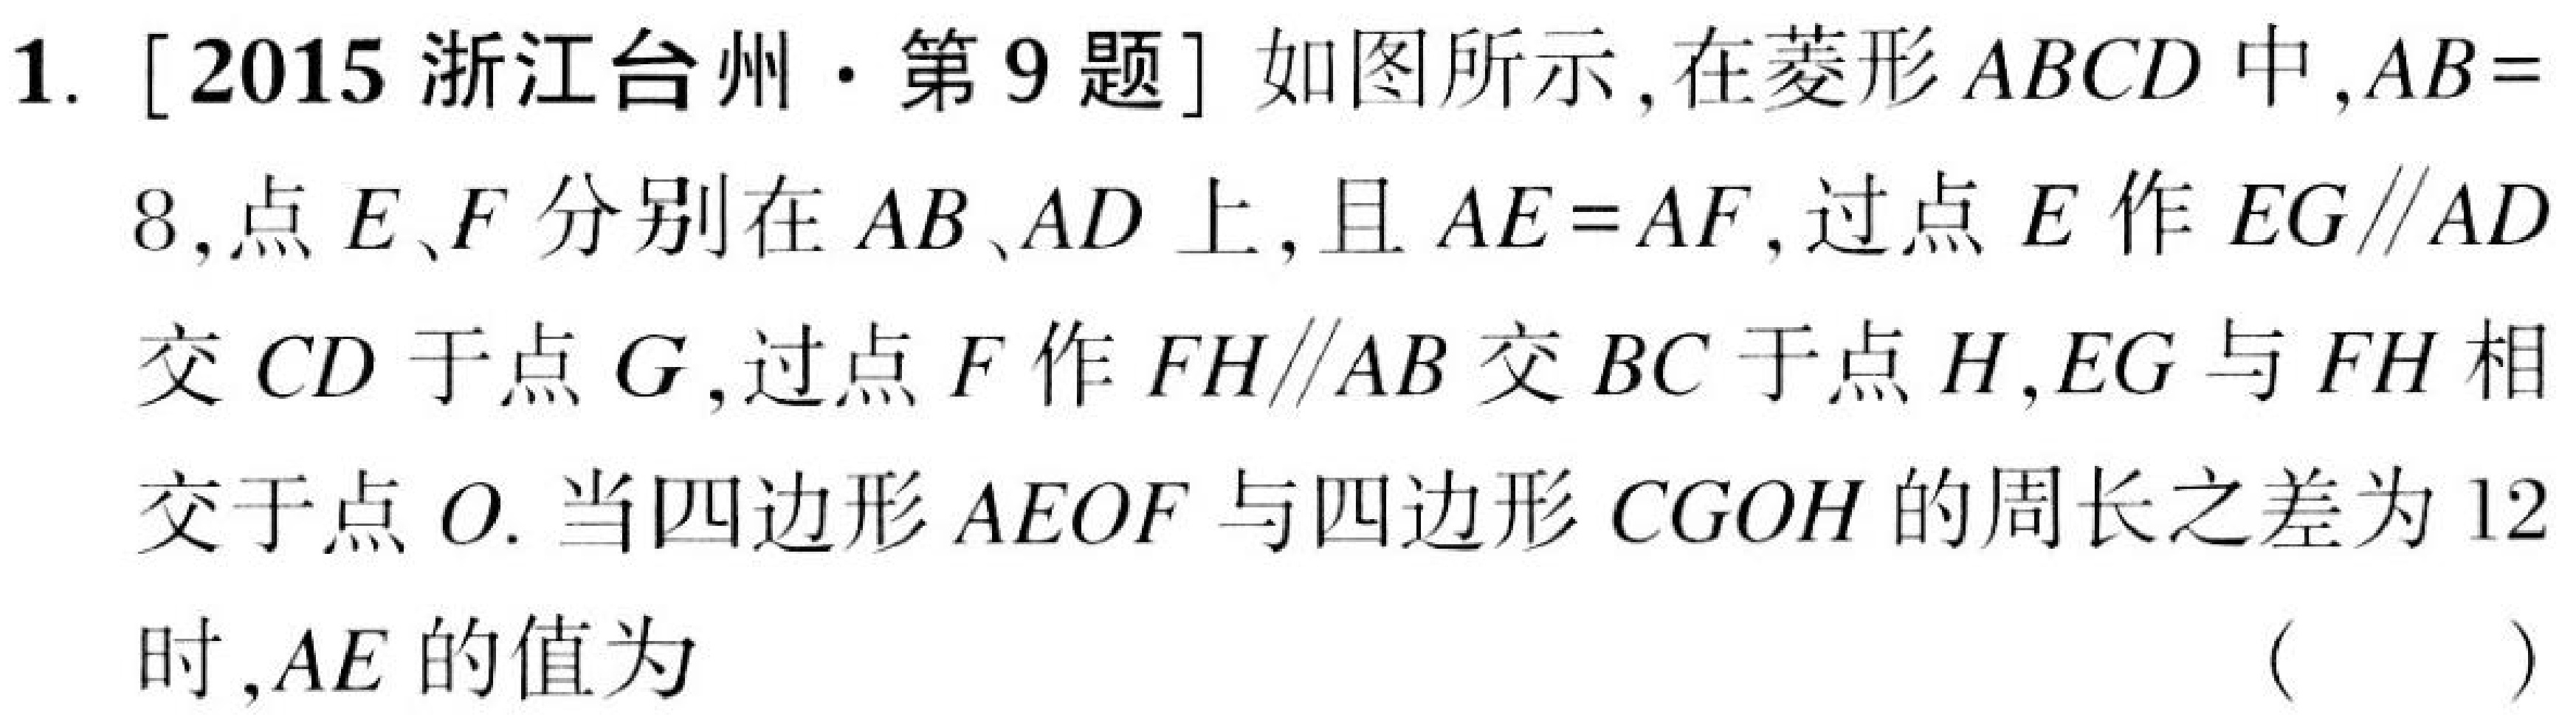
1. [2015 浙江台州·第 9 题] 如图所示，在菱形 \(ABCD\) 中，\(AB =
8\)，点 \(E、F\) 分别在 \(AB、AD\) 上，且 \(AE = AF\)，过点 \(E\) 作 \(EG\parallel AD\)
交 \(CD\) 于点 \(G\)，过点 \(F\) 作 \(FH\parallel AB\) 交 \(BC\) 于点 \(H\)，\(EG\) 与 \(FH\) 相
交于点 \(O\). 当四边形 \(AEOF\) 与四边形 \(CGOH\) 的周长之差为 \(12\)
时，\(AE\) 的值为 （ ）